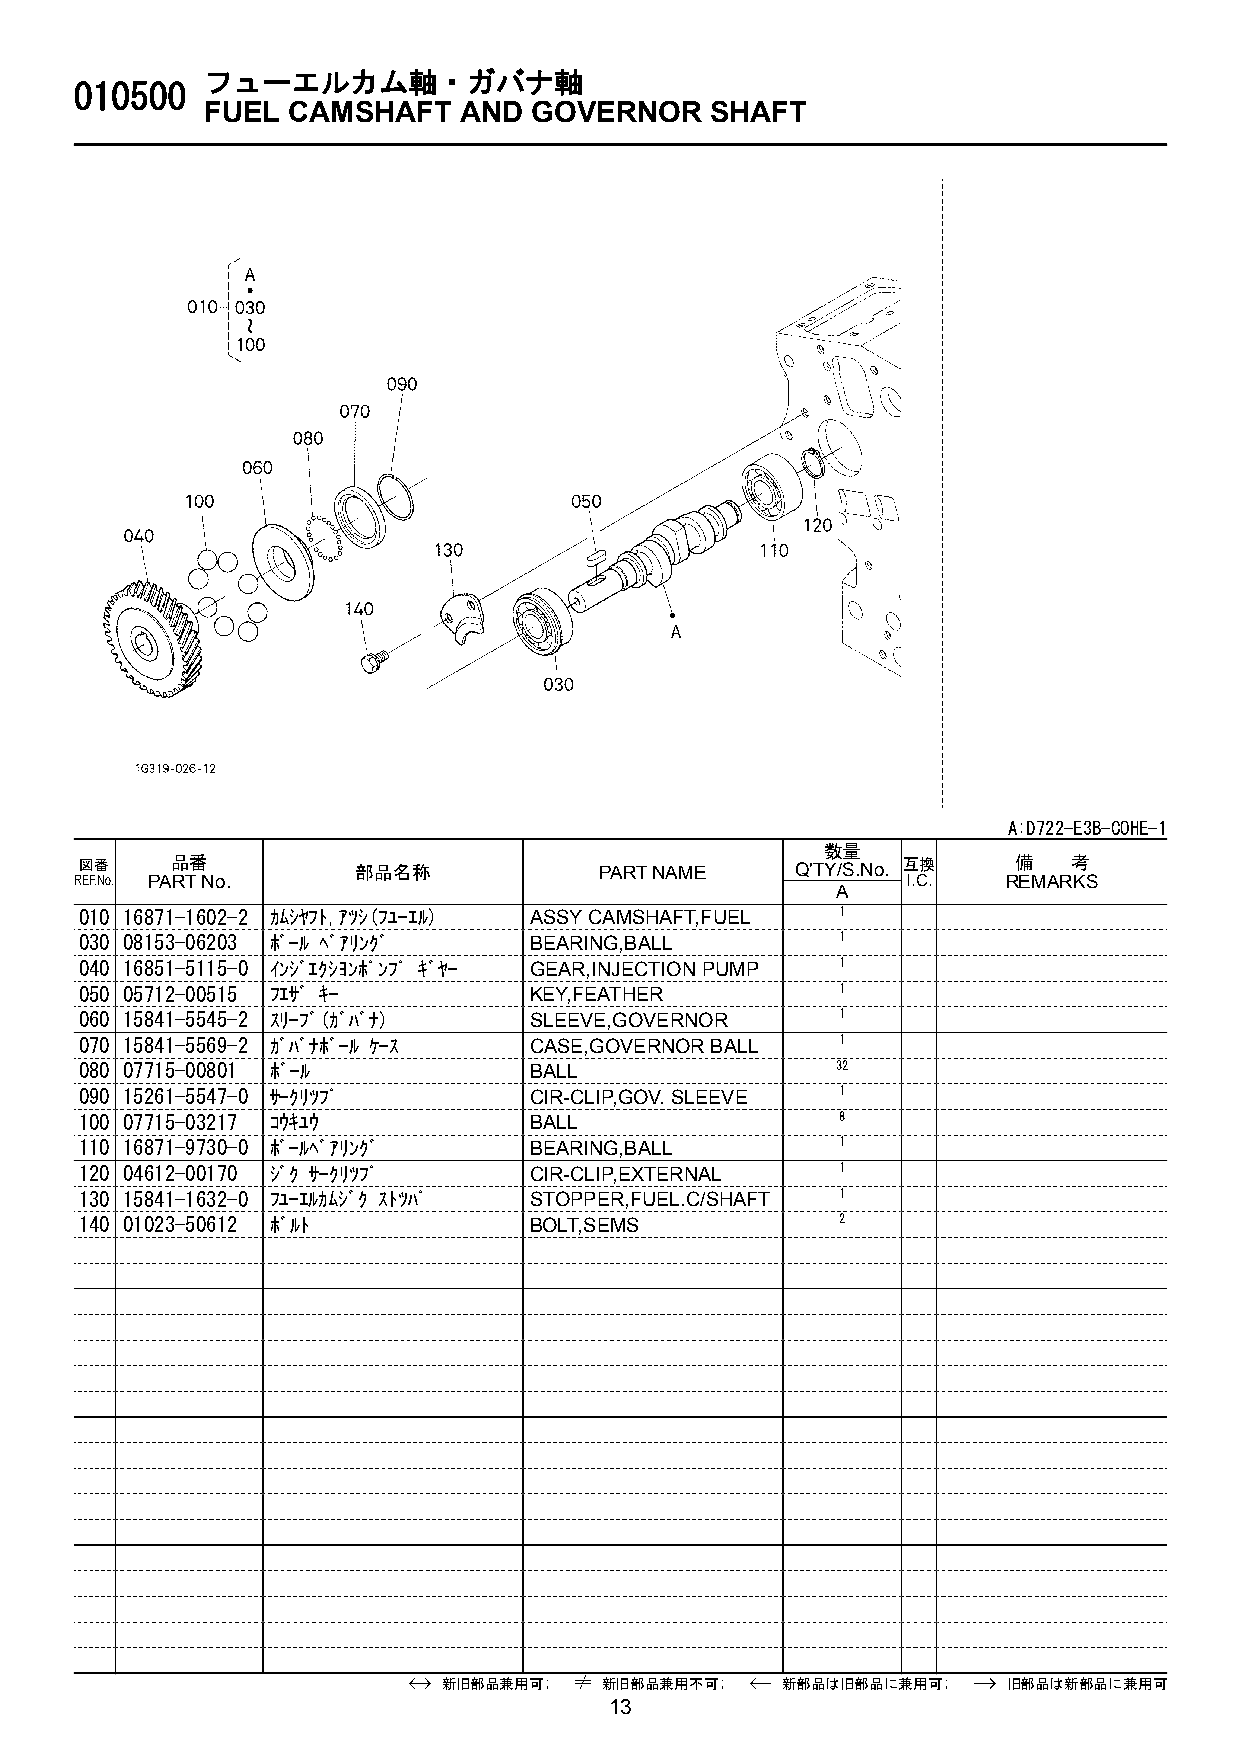
フューエルカム軸・ガバナ軸
 010500
 FUEL  CAMSHAFT   AND  GOVERNOR    SHAFT
 A:D722-E3B-COHE-1
 数量
 図番    品番           部品名称            PART NAME    Q'TY/S.No. 互換 備   考
 REF.No. PART No.                                       I.C.   REMARKS
 A
 010 16871-1602-2 ｶﾑｼﾔﾌﾄ,ｱﾂｼ(ﾌﾕ-ｴﾙ) ASSY CAMSHAFT,FUEL 1
 030 08153-06203 ﾎﾞ-ﾙ ﾍﾞｱﾘﾝｸﾞ  BEARING,BALL         1
 040 16851-5115-0 ｲﾝｼﾞｴｸｼﾖﾝﾎﾟﾝﾌﾟ ｷﾞﾔ- GEAR,INJECTION PUMP 1
 050 05712-00515 ﾌｴｻﾞ ｷ-       KEY,FEATHER          1
 060 15841-5545-2 ｽﾘ-ﾌﾞ(ｶﾞﾊﾞﾅ) SLEEVE,GOVERNOR      1
 070 15841-5569-2 ｶﾞﾊﾞﾅﾎﾞ-ﾙ ｹ-ｽ CASE,GOVERNOR BALL  1
 080 07715-00801 ﾎﾞ-ﾙ          BALL                32
 090 15261-5547-0 ｻ-ｸﾘﾂﾌﾟ      CIR-CLIP,GOV. SLEEVE 1
 100 07715-03217 ｺｳｷﾕｳ         BALL                 8
 110 16871-9730-0 ﾎﾞ-ﾙﾍﾞｱﾘﾝｸﾞ  BEARING,BALL         1
 120 04612-00170 ｼﾞｸ ｻ-ｸﾘﾂﾌﾟ   CIR-CLIP,EXTERNAL    1
 130 15841-1632-0 ﾌﾕ-ｴﾙｶﾑｼﾞｸ ｽﾄﾂﾊﾟ STOPPER,FUEL.C/SHAFT 1
 140 01023-50612 ﾎﾞﾙﾄ          BOLT,SEMS            2
 新旧部品兼用可;   新旧部品兼用不可;   新部品は旧部品に兼用可;   旧部品は新部品に兼用可
 13